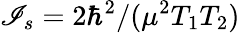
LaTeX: \mathscr{I}_{s}=2\hbar^{2}/(\mu^{2}T_{1}T_{2})